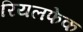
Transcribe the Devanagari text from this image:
रियलफेक